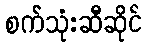
စက်သုံးဆီဆိုင်